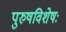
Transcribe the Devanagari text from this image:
पुरुषविशेषः